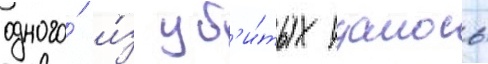
одного́ и́з уб'и́тых удалось